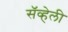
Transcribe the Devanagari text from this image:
सॅव्हेली